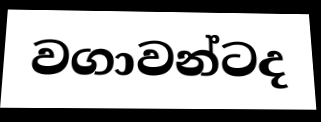
වගාවන්ටද